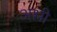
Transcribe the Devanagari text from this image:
अश्ली